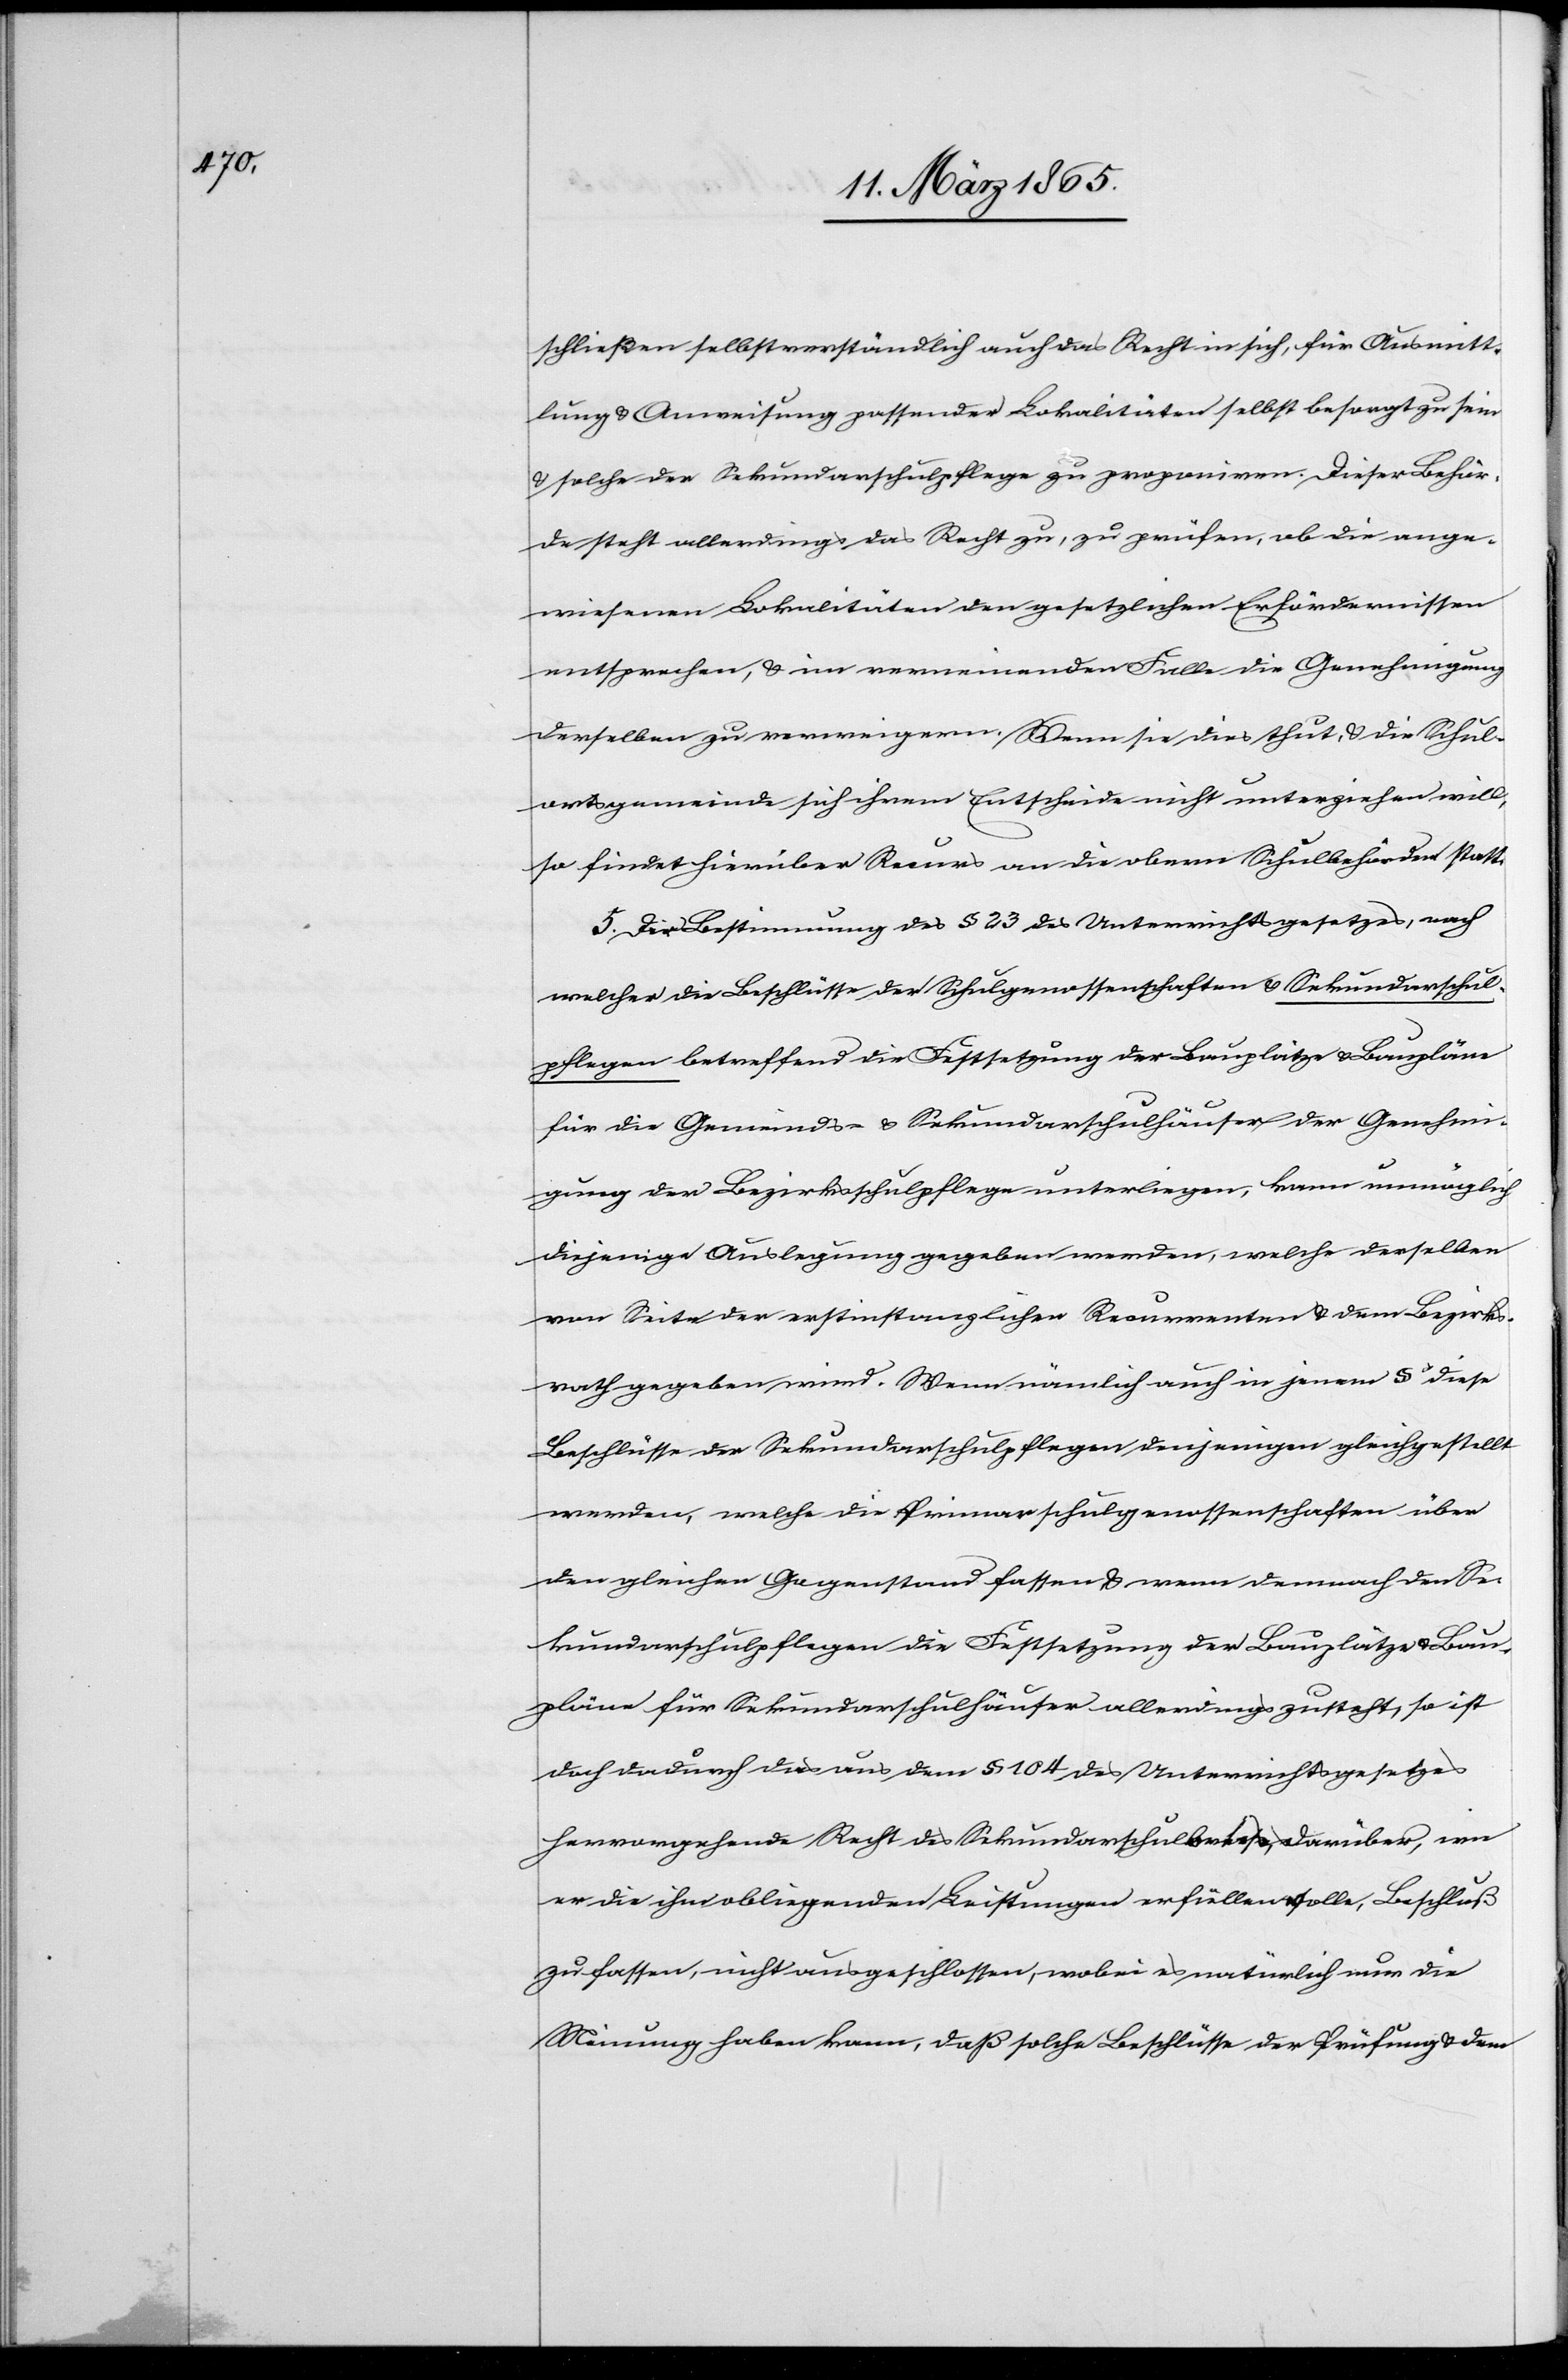
schließen selbstverständlich auch das Recht in sich, für Ausmitt¬
lung u. Anweisung passender Lokalitäten selbst besorgt zu sein
u. solche der Sekundarschulpflege zu proponiren. Dieser Behör¬
de steht allerdings das Recht zu, zu prüfen, ob die ange¬
wiesenen Lokalitäten den gesetzlichen Erfördernissen
entsprechen, u. im verneinenden Falle die Genehmigung
derselben zu verweigern. Wenn sie dies thut, u. die Schul¬
ortsgemeinde sich ihrem Entscheide nicht unterziehen will,
so findet hierüber Recurs an die obern Schulbehörden statt.
5. Der Bestimmung des § 23 des Unterrichtsgesetzes, nach
welcher die Beschlüsse der Schulgenossenschaften u. Sekundarschul¬
pflegen betreffend die Festsetzung der Bauplätze u. Baupläne
für die Gemeinds- u. Sekundarschulhäuser der Genehmi¬
gung der Bezirksschulpflege unterliegen, kann unmöglich
diejenige Auslegung gegeben werden, welche derselben
von Seite der erstinstanzlichen Recurrenten u. dem Bezirks¬
rath gegeben wird. Wenn nämlich auch in jenem § diese
Beschlüsse der Sekundarschulpflegen denjenigen gleichgestellt
werden, welche die Primarschulgenossenschaften über
den gleichen Gegenstand fassen u. wenn demnach den Se¬
kundarschulpflegen die Festsetzung der Bauplätze u. Bau¬
pläne für Sekundarschulhäuser allerdings zusteht, so ist
doch dadurch das aus dem § 104 des Unterrichtsgesetzes
hervorgehende Recht des Sekundarschulkreises, darüber, wie
er die ihm obliegenden Leistungen erfüllen solle, Beschluß
zu fassen, nicht ausgeschlossen, wobei es natürlich nur die
Meinung haben kann, daß solche Beschlüsse der Prüfung u. dem